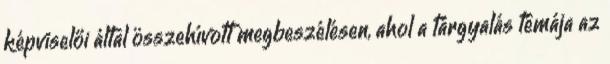
képviselői által összehívott megbeszélésen, ahol a tárgyalás témája az